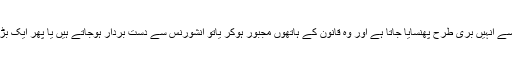
لیکن کاغذات اور شرائط کے ہیر پھیر سے انہیں بری طرح پھنسایا جاتا ہے اور وہ قانون کے ہاتھوں مجبور ہوکر یاتو انشورنس سے دست بردار ہوجاتے ہیں یا پھر ایک بڑی رقم بینکوں کے حوالے کردیتے ہیں۔